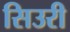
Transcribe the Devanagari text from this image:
सिउरी